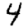
Digit: 4